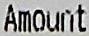
AMOUNT